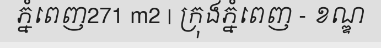
ភ្នំពេញ271 m2 | ក្រុងភ្នំពេញ - ខណ្ឌ